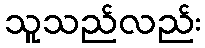
သူသည်လည်း